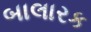
બાલારક